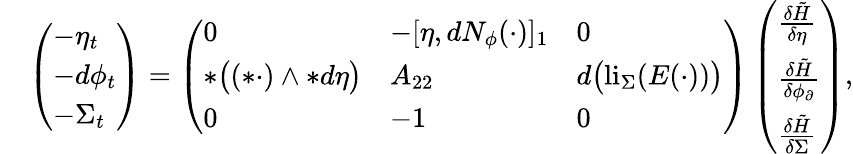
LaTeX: \begin{array}{rl}&{\left(\begin{array}{l}{-\eta_{t}}\\ {-d\phi_{t}}\\ {-\Sigma_{t}}\end{array}\right)=\left(\begin{array}{lll}{0}&{-[\eta,dN_{\phi}(\cdot)]_{1}}&{0}\\ {\ast\big((\ast\cdot)\wedge\ast d\eta\big)}&{A_{22}}&{d\big(\mathrm{li}_{\Sigma}(E(\cdot))\big)}\\ {0}&{-1}&{0}\end{array}\right)\left(\begin{array}{l}{\frac{\delta\tilde{H}}{\delta\eta}}\\ {\frac{\delta\tilde{H}}{\delta\phi_{\partial}}}\\ {\frac{\delta\tilde{H}}{\delta\Sigma}}\end{array}\right),}\end{array}